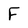
Character: F